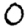
Digit: 0